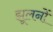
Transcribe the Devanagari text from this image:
झूलनों